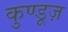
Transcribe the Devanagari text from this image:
कुण्डूज़